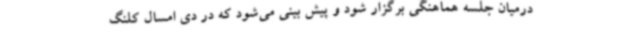
درمیان جلسه هماهنگی برگزار شود و پیش بینی می‌شود که در دی امسال کلنگ